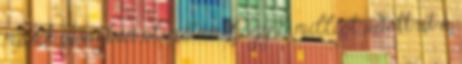
másik újságban olvastam, hogy 8 milliót adott át a